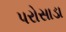
પરોસાડા